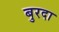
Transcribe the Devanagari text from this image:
बुरदा